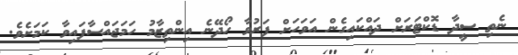
ނެތި ސީދާ ޑޮކްޓަރަށް ދައްކައިގެން އަވަހަށް ފަރުވާ ހޯދޭނެ އިންތިޒާމު ހަމަޖައްސާފައިވާ ކަމަށެވެ.